Causation and prevention of malarial fevers: a statement of the results of researches drawn up for the use of assistant surgeons, hospital assistants and students
Disease focus: Malaria
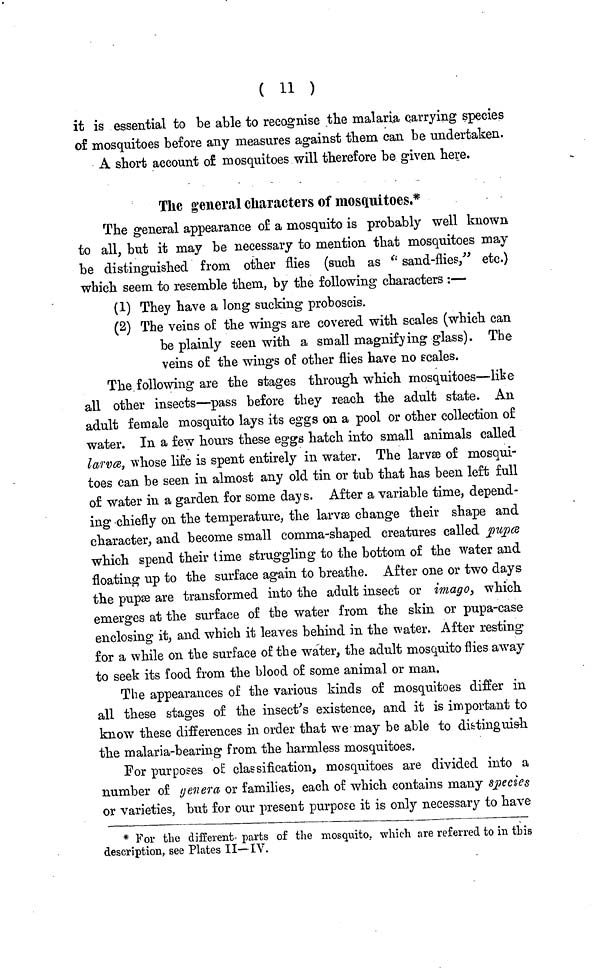
( 11 )
it is essential to be able to recognise the malaria carrying species
of mosquitoes before any measures against them can be undertaken.
A short account of mosquitoes will therefore be given here.
The general characters of mosquitoes.*
The general appearance of a mosquito is probably well known
to all, but it may be necessary to mention that mosquitoes may
be distinguished from other flies (such as " sand-flies," etc.)
which seem to resemble them, by the following characters :—
(1) They have a long sucking proboscis.
(2) The veins of the wings are covered with scales (which can
be plainly seen with a small magnifying glass). The
veins of the wings of other flies have no scales.
The following are the stages through which mosquitoes—like
all other insects—pass before they reach the adult state. An
adult female mosquito lays its eggs on a pool or other collection of
water. In a few hours these eggs hatch into small animals called
larvæ, whose life is spent entirely in water. The larvæ of mosqui-
toes can be seen in almost any old tin or tub that has been left full
of water in a garden for some days. After a variable time, depend-
ing chiefly on the temperature, the larvæ change their shape and
character, and become small comma-shaped creatures called pupæ
which spend their time struggling to the bottom of the water and
floating up to the surface again to breathe. After one or two days
the pupæ are transformed into the adult insect or imago, which
emerges at the surface of the water from the skin or pupa-case
enclosing it, and which it leaves behind in the water. After resting
for a while on the surface of the water, the adult mosquito flies away
to seek its food from the blood of some animal or man.
The appearances of the various kinds of mosquitoes differ in
all these stages of the insect's existence, and it is important to
know these differences in order that we may be able to distinguish
the malaria-bearing from the harmless mosquitoes.
For purposes of classification, mosquitoes are divided into a
number of genera or families, each of which contains many species
or varieties, but for our present purpose it is only necessary to have
* For the different- parts of the mosquito, which are referred to in this
description, see Plates II—IV.